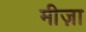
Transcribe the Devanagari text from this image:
मीज़ा